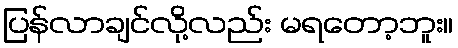
ပြန်လာချင်လို့လည်း မရတော့ဘူး။